Leaving Certificate Examination, 1919
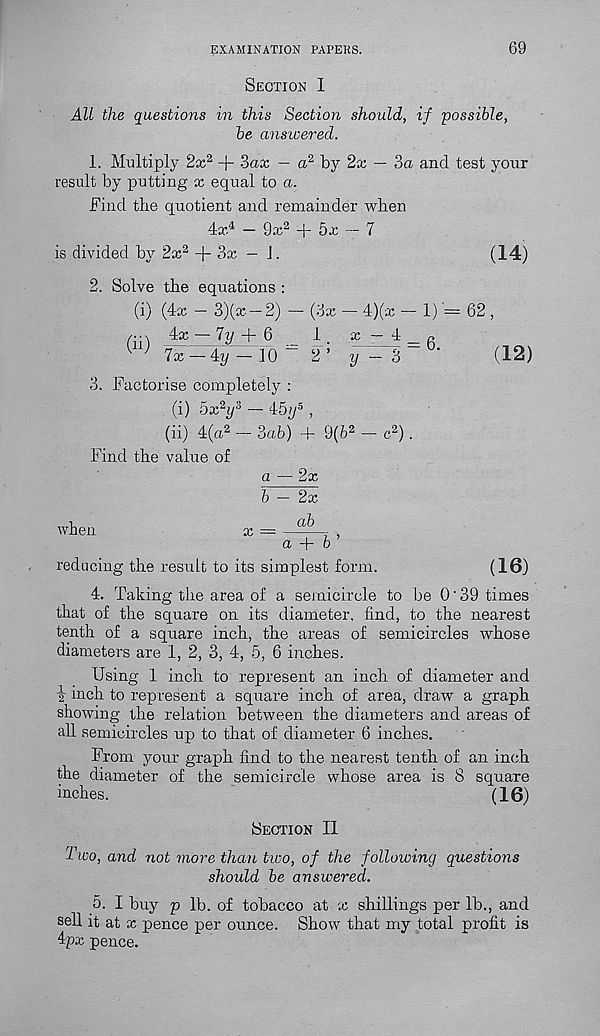
EXAMINATION PAPERS.
69
Section I
All the questions in this Section should, if possible,
be ansicered.
1. Multiply 2x 2 + 3ax - a 2 by 2x — 3a and test your
result by putting x equal to a.
Find tbe quotient and remainder when
4x 4 — 9x 2 + 5x — 7
is divided by 2x 2 + 3x — J.
(14)
2. Solve tbe equations :
(i) (4x — 3)(x — 2) — (3x — 4)(x — 1) = 62 ,
/* * \ 4x — 7t/ + 6
1
ic—4_/.
^ lx — Ay — 10
2 ’
(12)
3. Factorise completely :
(i) 5x 2 i/ 3 — 45y 5 ,
(ii) 4(a 2 - Sab) + 9(b 2 - c 2 ).
Find tbe value of
a — 2x
b — 2x
when
x
ab
a^~b ’
reducing the result to its simplest form.
(16)
4. Taking tbe area of a semicircle to be 0'39 times
that of the square on its diameter, find, to tbe nearest
tenth of a square inch, tbe areas of semicircles whose
diameters are 1, 2, 3, 4, 5, 6 inches.
Using 1 inch to represent an inch of diameter and
i inch to represent a square inch of area, draw a graph
showing the relation between the diameters and areas of
all semicircles up to that of diameter 6 inches.
From your graph find to the nearest tenth of an inch
the diameter of the semicircle whose area is 8 square
inches.
(16)
Bection II
Two, and not more than two, of the following questions
should be answered.
5. I buy p lb. of tobacco at x shillings per lb., and
sell it at x pence per ounce. Show that my total profit is
4px pence.